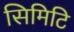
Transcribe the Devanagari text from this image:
सिमिटि